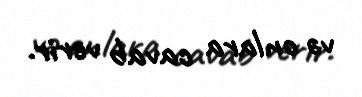
və onlara cavab verir.